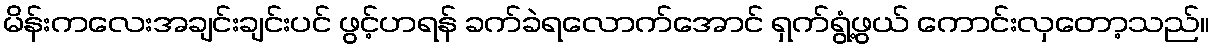
မိန်းကလေးအချင်းချင်းပင် ဖွင့်ဟရန် ခက်ခဲရလောက်အောင် ရှက်ရွံ့ဖွယ် ကောင်းလှတော့သည်။